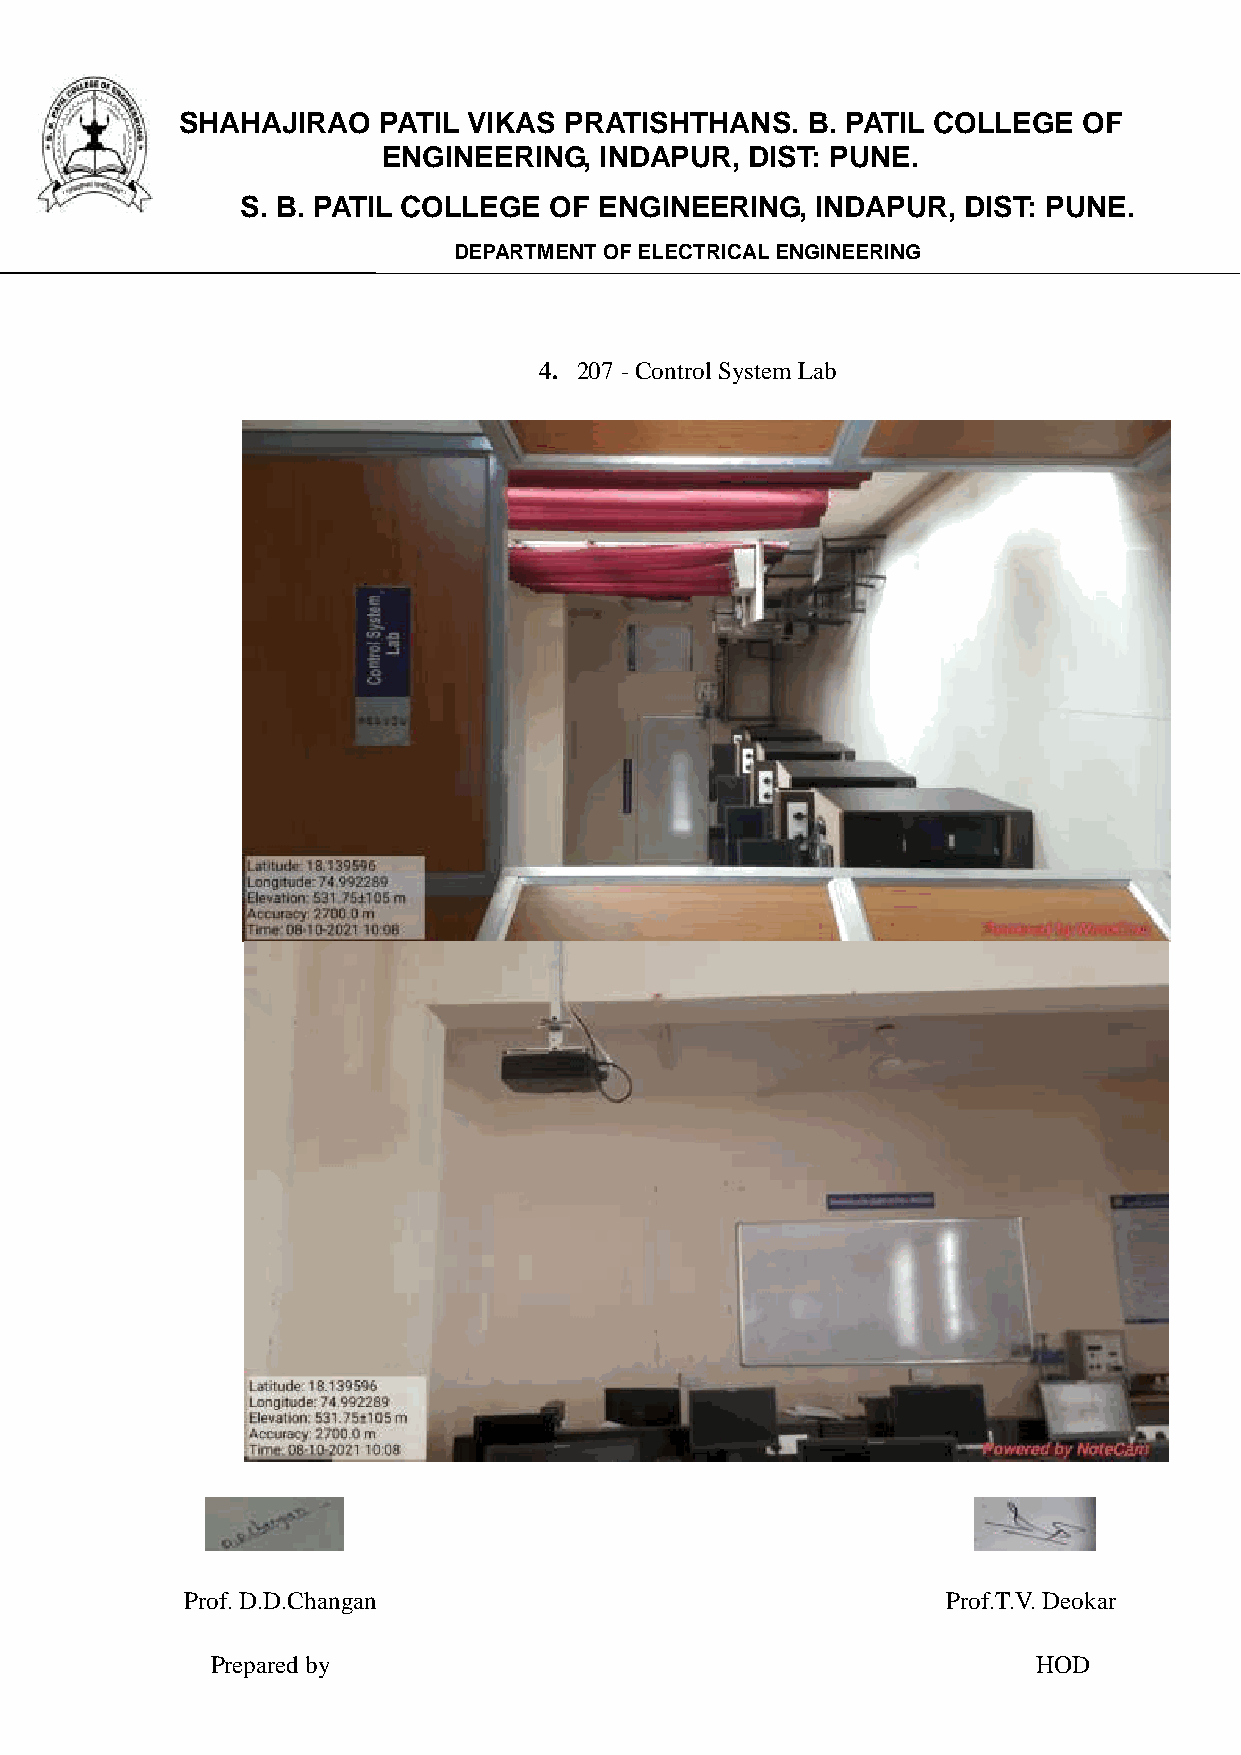
SHAHAJIRAO   PATIL VIKAS PRATISHTHANS.   B. PATIL COLLEGE   OF
 ENGINEERING,   INDAPUR,  DIST: PUNE.
 S. B. PATIL COLLEGE OF  ENGINEERING,  INDAPUR,  DIST: PUNE.
 DEPARTMENT OF ELECTRICAL ENGINEERING
 4. 207 - Control System Lab
 Prof. D.D.Changan                                  Prof.T.V. Deokar
 Prepared by                                            HOD